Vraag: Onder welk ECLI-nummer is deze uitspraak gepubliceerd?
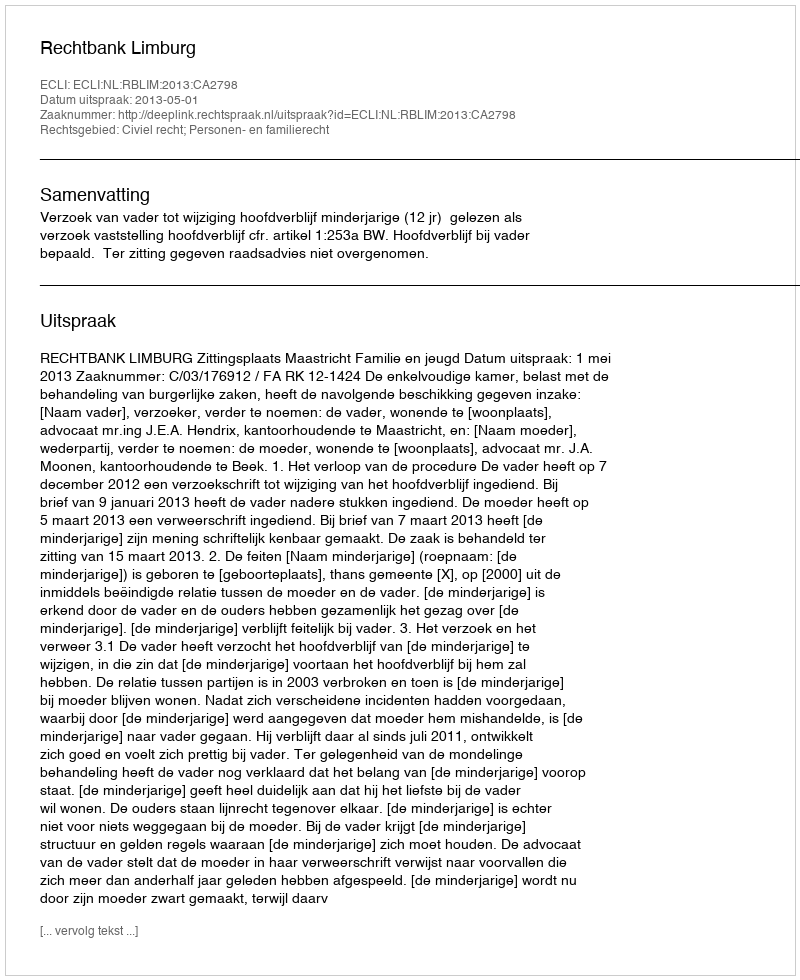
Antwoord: ECLI:NL:RBLIM:2013:CA2798